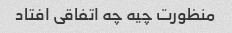
منظورت چیه چه اتفاقی افتاد